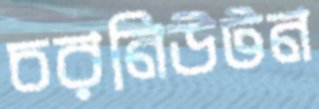
চরনিউটন